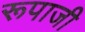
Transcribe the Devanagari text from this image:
रूपाजी